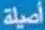
أصيلة